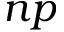
n p